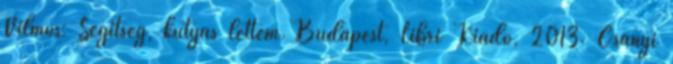
Vilmos: Segítség, kutyás lettem. Budapest, Libri Kiadó, 2013. Csányi